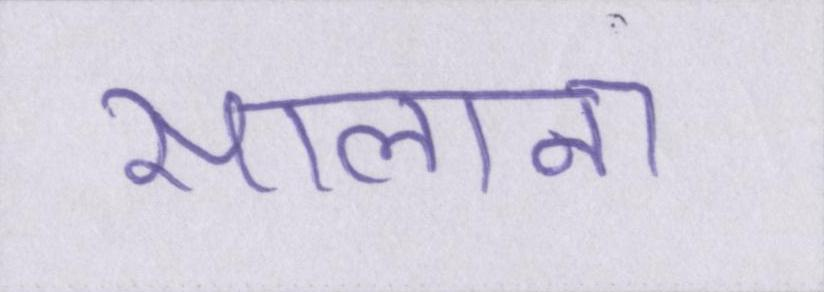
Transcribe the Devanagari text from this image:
सालाना